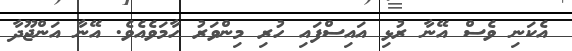
އެކަނި ވެސް އޭނާ ރުޅި އައިސްފައި ހުރި މިންވަރު ހާމަވެއެވެ. އޭނާ އަންޖޫދާ